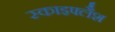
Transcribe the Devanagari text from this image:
स्काइफ्लैश